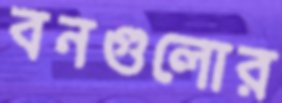
বনগুলোর